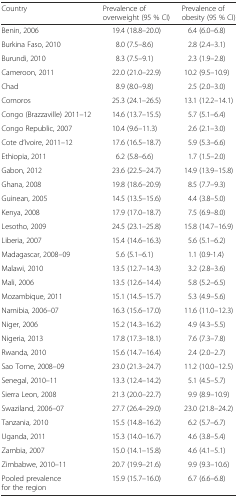
<table><thead><tr><td><b>Country</b></td><td><b>Prevalence of overweight (95 % CI)</b></td><td><b>Prevalence of obesity (95 % CI)</b></td></tr></thead><tbody><tr><td>Benin, 2006</td><td>19.4 (18.8–20.0)</td><td>6.4 (6.0–6.8)</td></tr><tr><td>Burkina Faso, 2010</td><td>8.0 (7.5–8.6)</td><td>2.8 (2.4–3.1)</td></tr><tr><td>Burundi, 2010</td><td>8.3 (7.5–9.1)</td><td>2.3 (1.9–2.8)</td></tr><tr><td>Cameroon, 2011</td><td>22.0 (21.0–22.9)</td><td>10.2 (9.5–10.9)</td></tr><tr><td>Chad</td><td>8.9 (8.0–9.8)</td><td>2.5 (2.0–3.0)</td></tr><tr><td>Comoros</td><td>25.3 (24.1–26.5)</td><td>13.1 (12.2–14.1)</td></tr><tr><td>Congo (Brazzaville) 2011–12</td><td>14.6 (13.7–15.5)</td><td>5.7 (5.1–6.4)</td></tr><tr><td>Congo Republic, 2007</td><td>10.4 (9.6–11.3)</td><td>2.6 (2.1–3.0)</td></tr><tr><td>Cote d’Ivoire, 2011–12</td><td>17.6 (16.5–18.7)</td><td>5.9 (5.3–6.6)</td></tr><tr><td>Ethiopia, 2011</td><td>6.2 (5.8–6.6)</td><td>1.7 (1.5–2.0)</td></tr><tr><td>Gabon, 2012</td><td>23.6 (22.5–24.7)</td><td>14.9 (13.9–15.8)</td></tr><tr><td>Ghana, 2008</td><td>19.8 (18.6–20.9)</td><td>8.5 (7.7–9.3)</td></tr><tr><td>Guinean, 2005</td><td>14.5 (13.5–15.6)</td><td>4.4 (3.8–5.0)</td></tr><tr><td>Kenya, 2008</td><td>17.9 (17.0–18.7)</td><td>7.5 (6.9–8.0)</td></tr><tr><td>Lesotho, 2009</td><td>24.5 (23.1–25.8)</td><td>15.8 (14.7–16.9)</td></tr><tr><td>Liberia, 2007</td><td>15.4 (14.6–16.3)</td><td>5.6 (5.1–6.2)</td></tr><tr><td>Madagascar, 2008–09</td><td>5.6 (5.1–6.1)</td><td>1.1 (0.9-1.4)</td></tr><tr><td>Malawi, 2010</td><td>13.5 (12.7–14.3)</td><td>3.2 (2.8–3.6)</td></tr><tr><td>Mali, 2006</td><td>13.5 (12.6–14.4)</td><td>5.8 (5.2–6.5)</td></tr><tr><td>Mozambique, 2011</td><td>15.1 (14.5–15.7)</td><td>5.3 (4.9–5.6)</td></tr><tr><td>Namibia, 2006–07</td><td>16.3 (15.6–17.0)</td><td>11.6 (11.0–12.3)</td></tr><tr><td>Niger, 2006</td><td>15.2 (14.3–16.2)</td><td>4.9 (4.3–5.5)</td></tr><tr><td>Nigeria, 2013</td><td>17.8 (17.3–18.1)</td><td>7.6 (7.3–7.8)</td></tr><tr><td>Rwanda, 2010</td><td>15.6 (14.7–16.4)</td><td>2.4 (2.0–2.7)</td></tr><tr><td>Sao Tome, 2008–09</td><td>23.0 (21.3–24.7)</td><td>11.2 (10.0–12.5)</td></tr><tr><td>Senegal, 2010–11</td><td>13.3 (12.4–14.2)</td><td>5.1 (4.5–5.7)</td></tr><tr><td>Sierra Leon, 2008</td><td>21.3 (20.0–22.7)</td><td>9.9 (8.9–10.9)</td></tr><tr><td>Swaziland, 2006–07</td><td>27.7 (26.4–29.0)</td><td>23.0 (21.8–24.2)</td></tr><tr><td>Tanzania, 2010</td><td>15.5 (14.8–16.2)</td><td>6.2 (5.7–6.7)</td></tr><tr><td>Uganda, 2011</td><td>15.3 (14.0–16.7)</td><td>4.6 (3.8–5.4)</td></tr><tr><td>Zambia, 2007</td><td>15.0 (14.1–15.8)</td><td>4.6 (4.1–5.1)</td></tr><tr><td>Zimbabwe, 2010–11</td><td>20.7 (19.9–21.6)</td><td>9.9 (9.3–10.6)</td></tr><tr><td>Pooled prevalence for the region</td><td>15.9 (15.7–16.0)</td><td>6.7 (6.6–6.8)</td></tr></tbody></table>